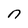
Character: n